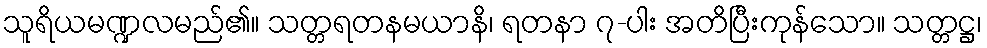
သူရိယမဏ္ဍလမည်၏။ သတ္တရတနမယာနိ၊ ရတနာ ၇-ပါး အတိပြီးကုန်သော။ သတ္တဋ္ဌ၊